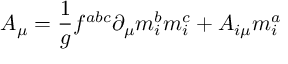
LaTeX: A _ { \mu } = \frac 1 g f ^ { a b c } \partial _ { \mu } m _ { i } ^ { b } m _ { i } ^ { c } + A _ { i \mu } m _ { i } ^ { a }